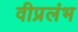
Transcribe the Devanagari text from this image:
वीप्रलंभ